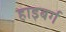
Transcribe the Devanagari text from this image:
हाइबर्ग